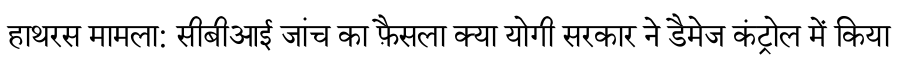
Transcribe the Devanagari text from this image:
हाथरस मामला: सीबीआई जांच का फ़ैसला क्या योगी सरकार ने डैमेज कंट्रोल में किया